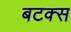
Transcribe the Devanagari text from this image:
बटक्स